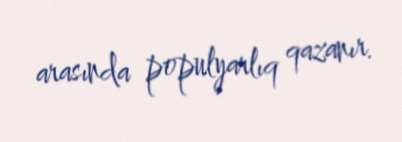
arasında populyarlıq qazanır.